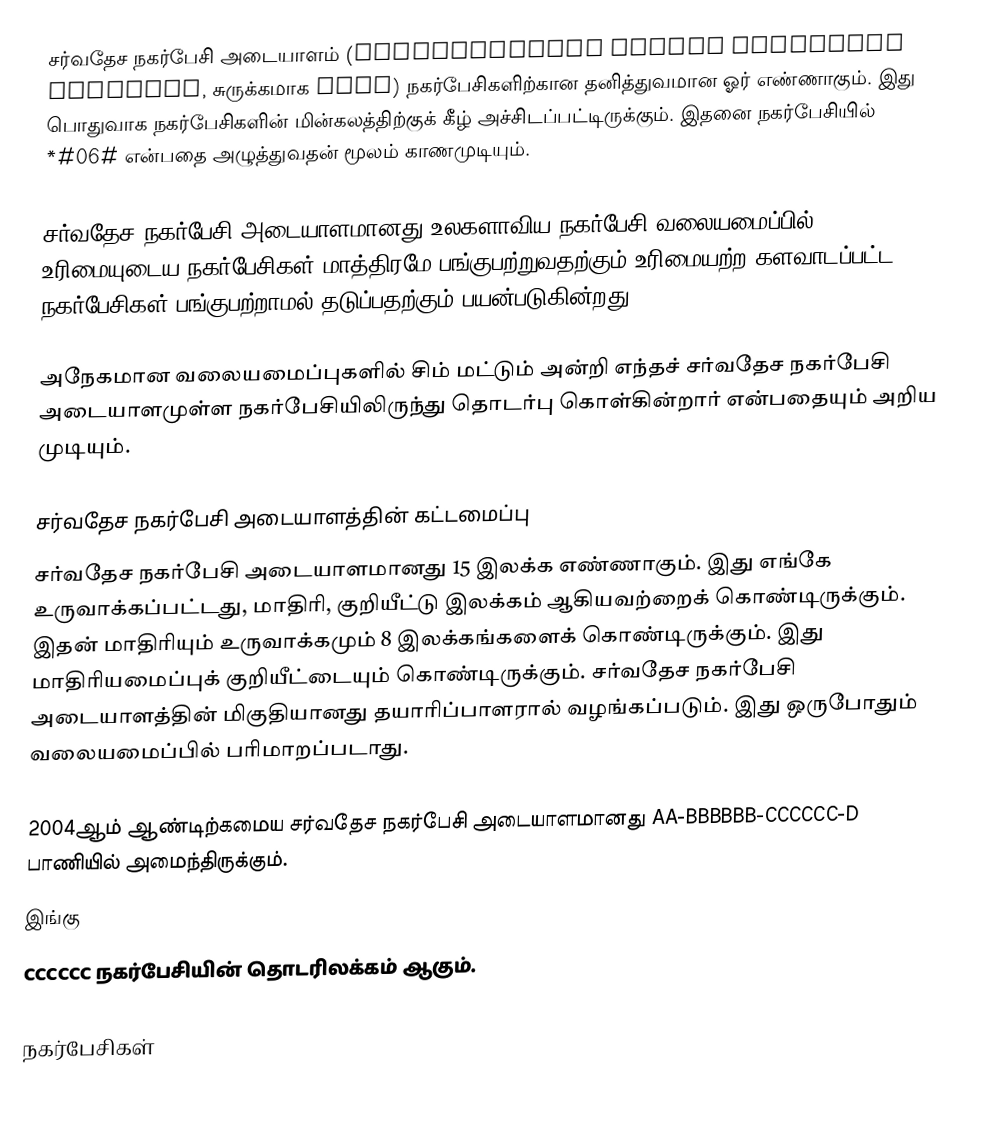
சர்வதேச நகர்பேசி அடையாளம் (International Mobile Equipment Identity, சுருக்கமாக IMEI) நகர்பேசிகளிற்கான தனித்துவமான ஓர் எண்ணாகும். இது பொதுவாக நகர்பேசிகளின் மின்கலத்திற்குக் கீழ் அச்சிடப்பட்டிருக்கும்.  இதனை நகர்பேசியில் *#06# என்பதை அழுத்துவதன் மூலம் காணமுடியும்.

சர்வதேச நகர்பேசி அடையாளமானது உலகளாவிய நகர்பேசி வலையமைப்பில் (GSM) உரிமையுடைய நகர்பேசிகள் மாத்திரமே பங்குபற்றுவதற்கும் உரிமையற்ற களவாடப்பட்ட நகர்பேசிகள் பங்குபற்றாமல் தடுப்பதற்கும் பயன்படுகின்றது.

அநேகமான வலையமைப்புகளில் சிம் மட்டும் அன்றி எந்தச் சர்வதேச நகர்பேசி அடையாளமுள்ள நகர்பேசியிலிருந்து தொடர்பு கொள்கின்றார் என்பதையும் அறிய முடியும்.

சர்வதேச நகர்பேசி அடையாளத்தின் கட்டமைப்பு
சர்வதேச நகர்பேசி அடையாளமானது 15 இலக்க எண்ணாகும். இது எங்கே உருவாக்கப்பட்டது, மாதிரி, குறியீட்டு இலக்கம் ஆகியவற்றைக் கொண்டிருக்கும். இதன் மாதிரியும் உருவாக்கமும் 8 இலக்கங்களைக் கொண்டிருக்கும். இது மாதிரியமைப்புக் குறியீட்டையும் கொண்டிருக்கும். சர்வதேச நகர்பேசி அடையாளத்தின் மிகுதியானது தயாரிப்பாளரால் வழங்கப்படும். இது ஒருபோதும் வலையமைப்பில் பரிமாறப்படாது.

2004ஆம் ஆண்டிற்கமைய சர்வதேச நகர்பேசி அடையாளமானது AA-BBBBBB-CCCCCC-D பாணியில் அமைந்திருக்கும்.
இங்கு
CCCCCC நகர்பேசியின் தொடரிலக்கம் ஆகும்.

நகர்பேசிகள்